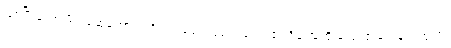
ဖြစ်ပြီးသော မိတ်ဆွေကောင်းကို မိတ်မပျက်စေရ၊ ကျေးဇူး ရှိဖူးသူကို ကျေးဇူးမကန်းရဟူလို။